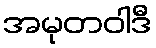
အမုတဝါဒီ